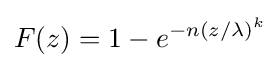
F(z)=1-e^{-n(z/\lambda )^{k}}